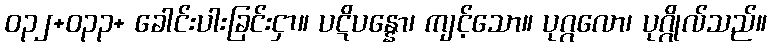
ဝ၃၂+၀၃၃+ ခေါင်းပါးခြင်းငှာ။ ပဋိပန္နော၊ ကျင့်သော။ ပုဂ္ဂလော၊ ပုဂ္ဂိုလ်သည်။